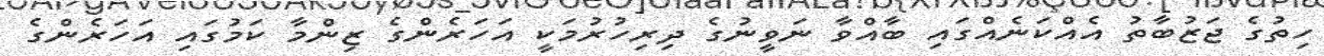
ހިތުގެ ޖަޒުބާތު އެއްކަނެއްގައި ބާއްވާ ނަވީނުގެ ދިރިހުރުމަކީ އަހަރެންގެ ޒިންމާ ކަމުގައި އަހަރެންގެ